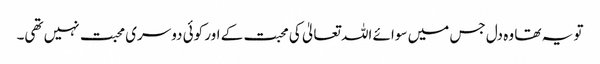
تو یہ تھا وہ دل جس میں سوائے اللہ تعالیٰ کی محبت کے اور کوئی دوسری محبت نہیں تھی۔